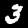
Digit: 3